Annual statistical returns and brief notes on vaccination in Bengal - 1909-1929
Year: 1909
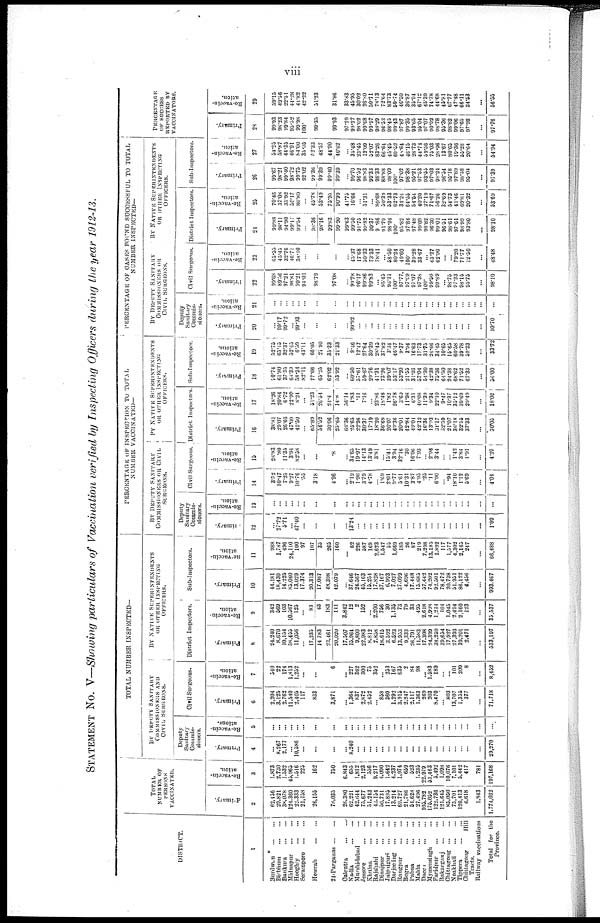
viii
STATEMENT No. V—Showing particulars of Vaccination verified by Inspecting Officers during the year 1912-13.
DISTRICT.
1
Burdwan
...
...
Birbhum
...
...
Bankura ... ...
Midnspore
...
...
Hooghly ... ...
Serampore
...
...
Howrah
...
...
24-Parganas
...
...
Calcatta
...
...
Nadia
...
...
Murshdabad ...
Jessore
...
...
Khulna ... ...
Rajshahi
...
...
Dimajpur
...
...
Jalpaiguri
...
...
Darjeeling
...
...
Rangpur
...
...
Bogra
...
...
Pabna
...
...
Malda
...
...
Dacca
...
...
Mymensingh ...
Faridpur
...
...
Bakarganj
...
...
Chittagong
...
...
Noakhali
...
...
Tippera
...
...
Chittagong Hill
Tracts.
Railway vaccinations
Total for the
Province.
TOTAL
NUMBER OF
PERSONS
VACCINATED.
Primary.
2
62,456
29,821
38,078
124,360
22,333
21,158
26,155
78,035
26,380
62,221
42,644
73,677
31,243
43,154
50,731
17,895
13,214
69,727
21,786
51,628
27,496
103,782
175,032
122,736
121,643
85,050
73,701
120,413
6,618
1,343
1,774,032
Re-vaccin-
ation.
3
1,873
2,730
1,532
43,965
1,516
225
162
750
6,843
655
1,812
2,123
356
9,217
4,000
1,642
4,237
1,974
659
523
1,235
22,979
53,463
5,492
1,098
10,076
7,101
5,442
417
781
197,168
TOTAL NUMBER INSPECTED—
BY DEPUTY SANITARY
COMMISSIONERS AND
CIVIL SURGEONS.
Deputy
Sanitary
Commis-
sioners.
Primary.
4
...
8,267
2,177
...
10,586
...
...
...
...
8,240
...
...
...
...
...
...
...
...
...
...
...
...
...
...
...
...
...
...
...
...
29,270
Re-vaccin-
ations.
5
...
...
...
...
...
...
...
...
...
...
...
...
...
...
...
...
...
...
...
...
...
...
...
...
...
...
...
...
...
...
...
Civil Surgeons.
Primary.
6
2,204
3,125
2,762
11,540
2,403
117
833
3,871
... 1,364
837
2,872
2,452
... 858
360
1,292
3,915
2,247
2,117
1,363
269
203
8,470
...
803
13,707
1,355
377
...
71,718
Re-vaccin-
ation.
7
540
22
174
1,813
1,252
...
...
6
... 227
362
300
75
352
...
253
167
635
2
84
98
...
1,583
189
...
... 101
209
8
...
8,452
BY NATIVE SUPERINTENDENTS
OR OTHER
INSPECTING
OFFICERS.
District Inspectors.
Primary.
8
24,240
8,670
10,134
58,455
11,056
...
17,235
14 783
23,461
20,020
17,507
15,964
9,800
22,983
8,812
7,858
18,615
3,592
6,523
13,953
9,333
26,791
11,583
17,308
24,399
38,259
39,654
17,927
27,393
39,201
2,471
...
533,197
Re-vaccin-
ation.
9
342
569
103
10,567
125
...
83
43
183
111
3,842
12
2
152
...
2,200
756
30
1,135
73
79
33
495
2,618
4,998
1,214
104
1,045
2,494
2,160
123
...
35,537
Sub-Inspectors.
Primary.
10
44,181
18,430
14,225
85,060
13,029
17,374
20,313
17,067
48,398
42,079
...
37,646
24,567
45,163
15,254
17,828
37,167
6,993
7,027
37,099
4,696
17,448
15,683
57,442
74,202
92,501
78,472
20,738
51,951
86,122
4,456
...
993,467
Re-vaccin-
ation.
11
988
1,787
496
24,110
100
97
107
35
265
160
...
62
226
587
169
2,623
1,547
55
1,669
185
26
87
210
7,208
13,185
1,892
117
1,577
4,302
2,163
247
...
66,488
PERCENTAGE OP INSPECTION TO TOTAL
NUMBER VACCINATED—
BY DEPUTY SANITARY
COMMISSIONERS OR CIVIL
SURGEONS.
Deputy
Sanitary
Commis-
sioners.
Primary.
12
...
27.72
5.71
...
47.40
...
...
...
...
13.24
...
...
...
...
...
...
...
...
...
...
...
...
...
...
...
...
...
...
...
...
1.09
Re-vaccin-
ation.
13
...
...
...
...
...
...
...
...
...
...
...
...
...
...
...
...
...
...
...
...
...
...
...
...
...
...
...
...
...
...
...
Civil Surgeons.
Primary.
14
3.52
10.47
7.25
9.27
10.76
.35
3.18
4.96
... 2.19
1.96
3.79
4.78
...
1.69
2.01
9.77
5.61
10.31
3.87
4.95
.25
.11
6.90
...
.94
18.10
1.12
5.69
...
4.04
Re-vaccin-
ation.
15
28.83
.80
11.35
3.94
82.58
...
...
.8
...
34.65
19.97
14.13
13.49
3.81
...
15.41
3.94
32.16
.30
16.06
7.93
...
2.96
3.44
...
... 1.42
3.84
1.91
...
4.29
BY NATIVE SUPERINTENDENTS
OR OTHER INSPECTING
OFFICERS.
District Inspectors.
Primary.
16
38.81
29.07
26.66
47.00
49.50
...
63.89
56.52
30.06
25.65
66.36
25.65
22.98
30.37
17.19
18.20
36.69
20.07
40.36
20.01
42.84
49.04
42.12
16.36
13.93
31.17
32.59
21.07
36.18
32.55
37.33
...
30.05
Re-vaccin-
ation.
17
18.26
20.84
6.72
22.99
8.24
...
51.23
26.54
24.4
148
56.14
1.83
.11
7.16
...
23.86
18.48
1.82
26.78
3.69
11.98
6.31
40.08
11.39
9.34
22.10
9.47
10.37
35.12
39.69
29.49
...
18.02
Sub-Inspectors.
Primary.
18
70.74
61.80
37.35
68.39
38.34
82.11
77.66
65.25
62.02
33.92
...
60.50
57.61
59.67
29.76
41.31
73.26
39.07
53.17
53.20
21.55
31.93
57.04
54.30
42.38
75.36
64.50
24.38
68.62
71.52
67.33
...
56.00
Re-vaccin-
ations.
19
52.75
65.15
32.37
52.45
6.59
43.11
66.05
21.90
35.33
21.33
...
9.46
12.47
27.64
30.39
28.45
37.82
3.34
46.47
9.37
3.94
16.63
17.73
31.75
24.66
34.45
10.65
15.65
60.58
39.78
59.23
...
33.72
PERCENTAGE OF CASES FOUND SUCCESSFUL TO TOTAL
NUMBER INSPECTED—
BY DEPUTY SANITARY
COMMISSIONERS OR
CIVIL SURGEONS.
Deputy
Sanitary
Commis-
sioners.
Primary.
20
...
99.17
99.72
...
99.93
...
...
...
...
99.92
...
...
...
...
...
...
...
...
...
...
...
...
...
...
...
...
...
...
...
...
99.70
Re-vaccin-
ation.
21
...
...
...
...
...
...
...
...
...
...
...
...
...
...
...
...
...
...
...
...
...
...
...
...
...
...
...
...
...
...
...
Civil Surgeons.
Primary.
22
99.68
89.56
97.21
98.81
99.21
94.01
98.79
97.08
...
99.78
96.17
99.86
99.83
...
95.45
96.11
100.
97.77
97.99
97.07
97.28
100.
99.50
99.89
...
98.75
97.23
98.15
95.75
...
98.10
Re-vaccin-
ation.
23
65.55
45.45
32.76
46.71
38.10
...
...
...
...
45.37
17.68
30.33
73.33
78.41
...
58.50
80.24
49.60
100.
39.28
33.67
...
43.27
62.96
...
...
79.20
71.77
12.50
...
48.48
BY NATIVE SUPERINTENDENTS
OR OTHER INSPECTING
OFFICERS.
District Inspectors.
Primary.
21
99.88
98.11
94.90
99.17
99.54
...
98.36
98.16
99.83
99.90
99.63
99.50
91.75
99.82
99.37
9.86
91.79
98.94
100.
95.82
97.84
97.48
99.09
98.82
96.30
99.01
96.51
98.61
97.61
98.99
93.80
...
98.10
Re-vaccin-
ation.
25
70.46
37.08
35.92
50.17
80.80
...
45.78
53.49
75.95
90.99
41.75
16.66
...
51.31
...
80.68
50.39
53.33
62.73
34.24
64.55
54.54
40.20
27.19
71.67
56.26
32.69
54.73
41.46
69.81
20.32
...
53.69
Sub-Inspectors.
Primary.
26
99.67
98.21
99.40
98.72
99.75
92.02
99.36
99.39
99.40
99.39
...
99.70
96.52
98.83
99.33
98.33
88.88
98.09
100.
97.02
98.38
95.21
97.53
93.53
97.03
98.24
96.54
95.18
97.89
98.58
95.04
...
97.39
Re-vaccin-
ation.
27
54.25
58.87
44.35
46.91
84.00
35.05
52.33
48.57
44.90
40.62
...
35.48
23.45
12.09
32.07
83.26
66.64
45.45
69.52
48.64
46.13
28.73
44.74
59.56
75.03
28.96
13.67
80.65
19.36
55.28
20.64
...
54.94
PERCENTAGE
OF SUCCESS
REPORTED BY
VACCINATORS.
Primary.
28
99.93
98.23
99.84
95.52
99.98
100.
99.35
99.93
97.29
99.27
98.02
99.68
99.97
98.29
96.53
98.45
99.43
97.87
99.35
93.65
95.04
97.07
90.02
98.78
95.36
98.82
99.06
97.65
97.92
...
97.76
Re-vaccin-
ation.
29
59.15
49.56
22.51
44.28
41.82
42.22
51.23
31.86
33.83
45.95
30.02
26.80
50.71
78.13
72.64
83.73
50.74
46.50
36.87
35.94
67.12
45.39
74.78
44.68
45.81
67.77
47.48
66.11
34.53
...
56.55